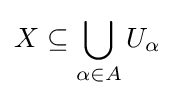
X\subseteq \bigcup _{\alpha \in A}U_{\alpha }